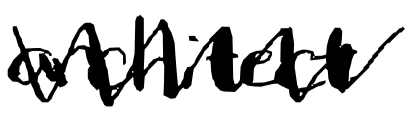
Text: architect
Cross-out: mix
Writing tool: digital_black